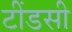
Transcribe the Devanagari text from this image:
टींडसी